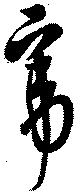
帝